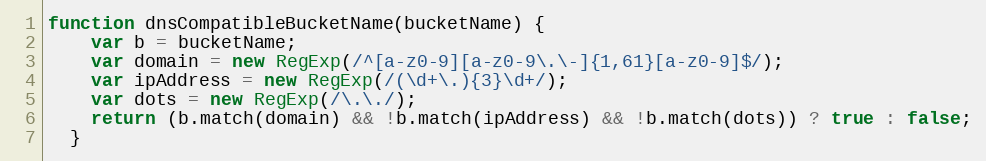
Language: JavaScript
function dnsCompatibleBucketName(bucketName) {
    var b = bucketName;
    var domain = new RegExp(/^[a-z0-9][a-z0-9\.\-]{1,61}[a-z0-9]$/);
    var ipAddress = new RegExp(/(\d+\.){3}\d+/);
    var dots = new RegExp(/\.\./);
    return (b.match(domain) && !b.match(ipAddress) && !b.match(dots)) ? true : false;
  }